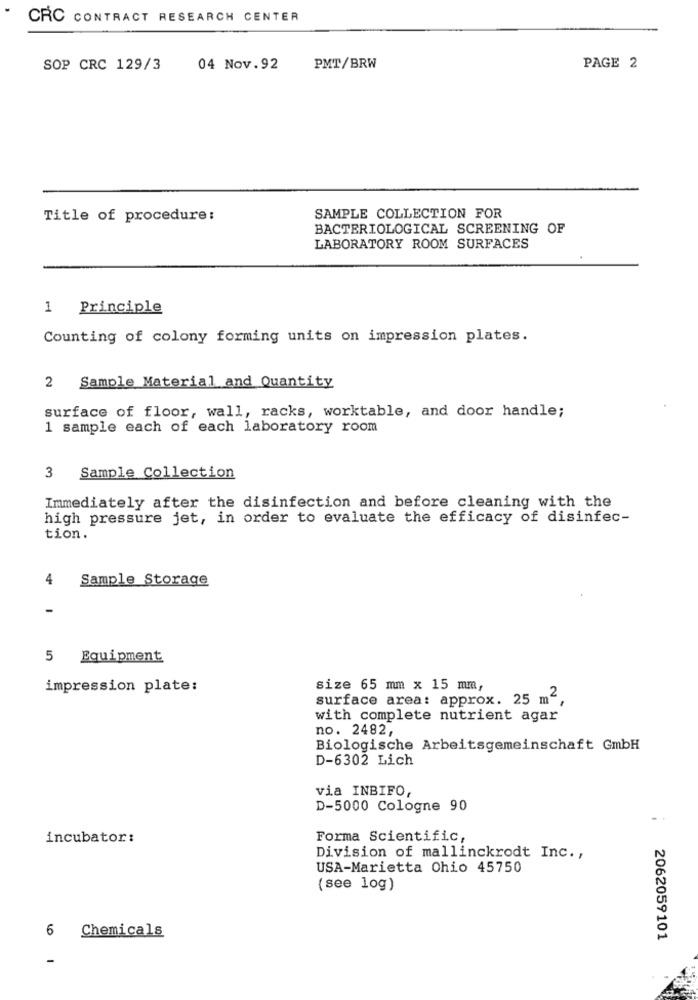
CRC CONTRACT RESEARCH CENTER
SOP CRC 129/3
04 Nov.92
PMT/BRW
PAGE 2
Title of procedure:
SAMPLE COLLECTION FOR
BACTERIOLOGICAL SCREENING OF
LABORATORY ROOM SURFACES
1 Principle
Counting of colony forming units on impression plates.
2 Sample Material and Quantity
surface of floor, wall, racks, worktable, and door handle;
1 sample each of each laboratory room
3 Sample Collection
Immediately after the disinfection and before cleaning with the
high pressure jet, in order to evaluate the efficacy of disinfec-
tion.
4
Sample Storage
-
5 Equipment
impression plate:
size 65 mm x 15 mm,
surface area: approx. 25 m2,
with complete nutrient agar
no. 2482,
Biologische Arbeitsgemeinschaft GmbH
D-6302 Lich
via INBIFO,
D-5000 Cologne 90
incubator:
Forma Scientific,
Division of mallinckrodt Inc .,
USA-Marietta Ohio 45750
(see log)
Chemicals
6
2062059101
-